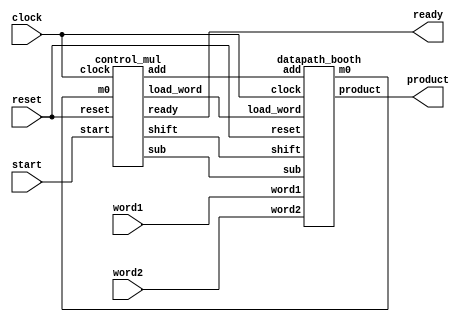
`timescale 1ns / 1ps
//////////////////////////////////////////////////////////////////////////////////
// Company: 
// Engineer: 
// 
// Design Name: 
// Module Name:    multiplier 
// Project Name: 
// Target Devices: 
// Tool versions: 
// Description: 
//
// Dependencies: 
//
// Revision: 
// Revision 0.01 - File Created
// Additional Comments: 
//
//////////////////////////////////////////////////////////////////////////////////
module multipler_booth(word1,word2,clock,reset,start,product,ready);
	 parameter data_length = 6;
	 input [data_length-1:0] word1;
    input [data_length-1:0] word2;
    input clock;
    input reset;
    input start;
    output [((2*data_length)+1):0] product;
    output ready;
	 wire load_word,shift,add,sub,m0;
	 
	 //Instantiation
	 control_mul CNTRL(load_word,shift,add,sub,ready,start,clock,reset,m0);
	 datapath_booth DP(product,m0,word1,word2,load_word,add,sub,shift,clock,reset);
	 
endmodule


module control_mul(load_word,shift,add,sub,ready,start,clock,reset,m0);
	localparam data_length = 3'd6;
	localparam state_len = 3'd4;
	input clock,reset,start;
	input m0;
	output reg load_word,shift,add,sub;
	output wire ready;
	wire [1:0] BRC;
	reg m0_prev;
	reg [3:0] count;
	parameter s_idle = 4'd0, s1 = 4'd1, s2 = 4'd2, s3 = 4'd3, s4 = 4'd4, s5 = 4'd5, s6 = 4'd6, s7 = 4'd7, s8 = 4'd8,done = 4'd9;
	reg [(state_len-1):0] p_state,n_state;
	
	assign ready = (p_state==done);
	assign BRC = {m0,m0_prev};
	//assign count = (p_state==s_idle || p_state==done)? 4'b0000 : ((p_state==s2)? count+1 : count);
	
	always @(posedge clock)
	begin
		if(reset)
			count <= 4'b0000;
		else if((p_state==s_idle) || (p_state==done))
			count <= 4'b0000;
		else if(p_state==s2)
			count <= count+1;
	end
	
	always @(posedge clock)
	begin
	if(reset)
		begin
		  p_state <= s_idle;
	     m0_prev <= 1'b0;
		end
	else
		begin
		  p_state <= n_state;
		  m0_prev <= m0;
		end
	end
	
	always @(posedge clock)
	begin
	  if(reset)
	    load_word <= 1'b0;
	  else if((start==1'b1)&&(p_state==s_idle))
	    load_word <= 1'b1;
	  else
	    load_word <= 1'b0;
	end
	
	
	always @(p_state or start or BRC or count)
	begin
		case(p_state)
		s_idle:
		begin
			shift = 1'b0;
			add = 1'b0;
			sub = 1'b0;
			if(start)
			begin
			n_state = s1;
			end
			else
			n_state = s_idle;
		end
		s1:
		begin	
		shift = 1'b0;
		add = 1'b0;
		sub = 1'b0;
		if(count<=data_length)
		 begin
			if(BRC==2'd0 || BRC==2'd3)
			begin
			n_state = s2;
			end
			else if(BRC==2'd1)
			begin
			add = 1'b1;
			n_state = s2;
			end
			else if(BRC==2'd2)
			begin
			sub = 1'b1;
			n_state = s2;
			end
		 end
		else
		 begin
			n_state = done;
		 end
		end
		s2:
		begin
			add = 1'b0;
			sub = 1'b0;
			shift = 1;
			n_state = s1;
	   end
		done:
		begin
			n_state = s_idle;
		end	
		default:
		begin
		  sub  = 1'b0;
		  shift = 1'b0;
		  add = 1'b0;
		  n_state = s_idle;
		end
		endcase
	end
	/*
	always @(posedge clock)
	begin
	  if(reset)
	    begin
		   p_state <= s_idle;
		 end
	  else
	    begin
		  case(p_state)
		  s_idle:
		  begin
			load_word <= 1'b0;
			shift <= 1'b0;
			add <= 1'b0;
			sub <= 1'b0;
			if(start)
			begin
			load_word <= 1'b1;
			p_state <= s1;
			end
			else
			p_state <= s_idle;
		  end
		  s1:
		  begin	
		  load_word <= 1'b0;
		  shift <= 1'b0;
		  add <= 1'b0;
		  sub <= 1'b0;
		  if(count<=data_length)
		  begin
			if(BRC==2'd0 || BRC==2'd3)
			begin
			p_state <= s2;
			end
			else if(BRC==2'd1)
			begin
			add <= 1'b1;
			p_state <= s2;
			end
			else if(BRC==2'd2)
			begin
			sub <= 1'b1;
			p_state <= s2;
			end
		 end
		 else
		 begin
			p_state <= done;
		 end
		 end
		 s2:
		 begin
			load_word <= 1'b0;
			add <= 1'b0;
			sub <= 1'b0;
			shift <= 1;
			p_state <= s1;
	    end
	  	 done:
		 begin
			p_state <= s_idle;
		 end	
		endcase
	  end
	end
	*/
endmodule 

module datapath_booth(product,m0,word1,word2,load_word,add,sub,shift,clock,reset);
	parameter data_length = 6;
	input [data_length-1:0] word1,word2;
	input clock,reset,load_word,add,sub,shift;
	output [(2*data_length+1):0] product;
	output m0;
	reg [data_length:0]multiplier,multiplicand;
	reg [(2*data_length+1):0] product;
	
	assign m0 = multiplier[0];
	
	always @(posedge clock)
	begin
	if(reset)
	begin
		product <= 0;
		multiplicand <= 0;
		multiplier <= 0;
	end
	else if(shift)
	begin
		multiplier <= multiplier>>1;
		product <= {product[(2*data_length+1)],product[(2*data_length+1):1]};
	end
	else if(add)
	begin
		product[(2*data_length+1):(data_length+1)] <= product[(2*data_length+1):(data_length+1)] + multiplicand;
	end
	else if(sub)
	begin
		product[(2*data_length+1):(data_length+1)] <= product[(2*data_length+1):(data_length+1)] - multiplicand;
	end
	else if(load_word)
	begin
		multiplicand <= word1;
		multiplier <= word2;
		product <= 0;
	end
	else
	begin
	  product <= product;
	  multiplicand <= multiplicand;
	  multiplier <= multiplier;
	end
	end
	
endmodule